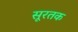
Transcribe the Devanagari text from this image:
सूरतक